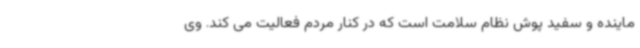
ماینده و سفید پوش نظام سلامت است که در کنار مردم فعالیت می کند. وی